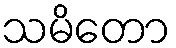
သမိတော